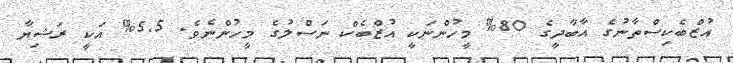
އުޒްބެކިސްތާނުގެ އާބާދީގެ 80% މީހުންނަކީ އުޒްބެކް ނަސްލުގެ މީހުންނެވެ. 5.5% އަކީ ރަޝިޔާ